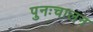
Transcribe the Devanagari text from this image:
पुनःचालन